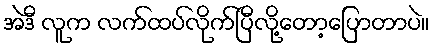
အဲဒီ လူက လက်ထပ်လိုက်ပြီလို့တော့ပြောတာပဲ။